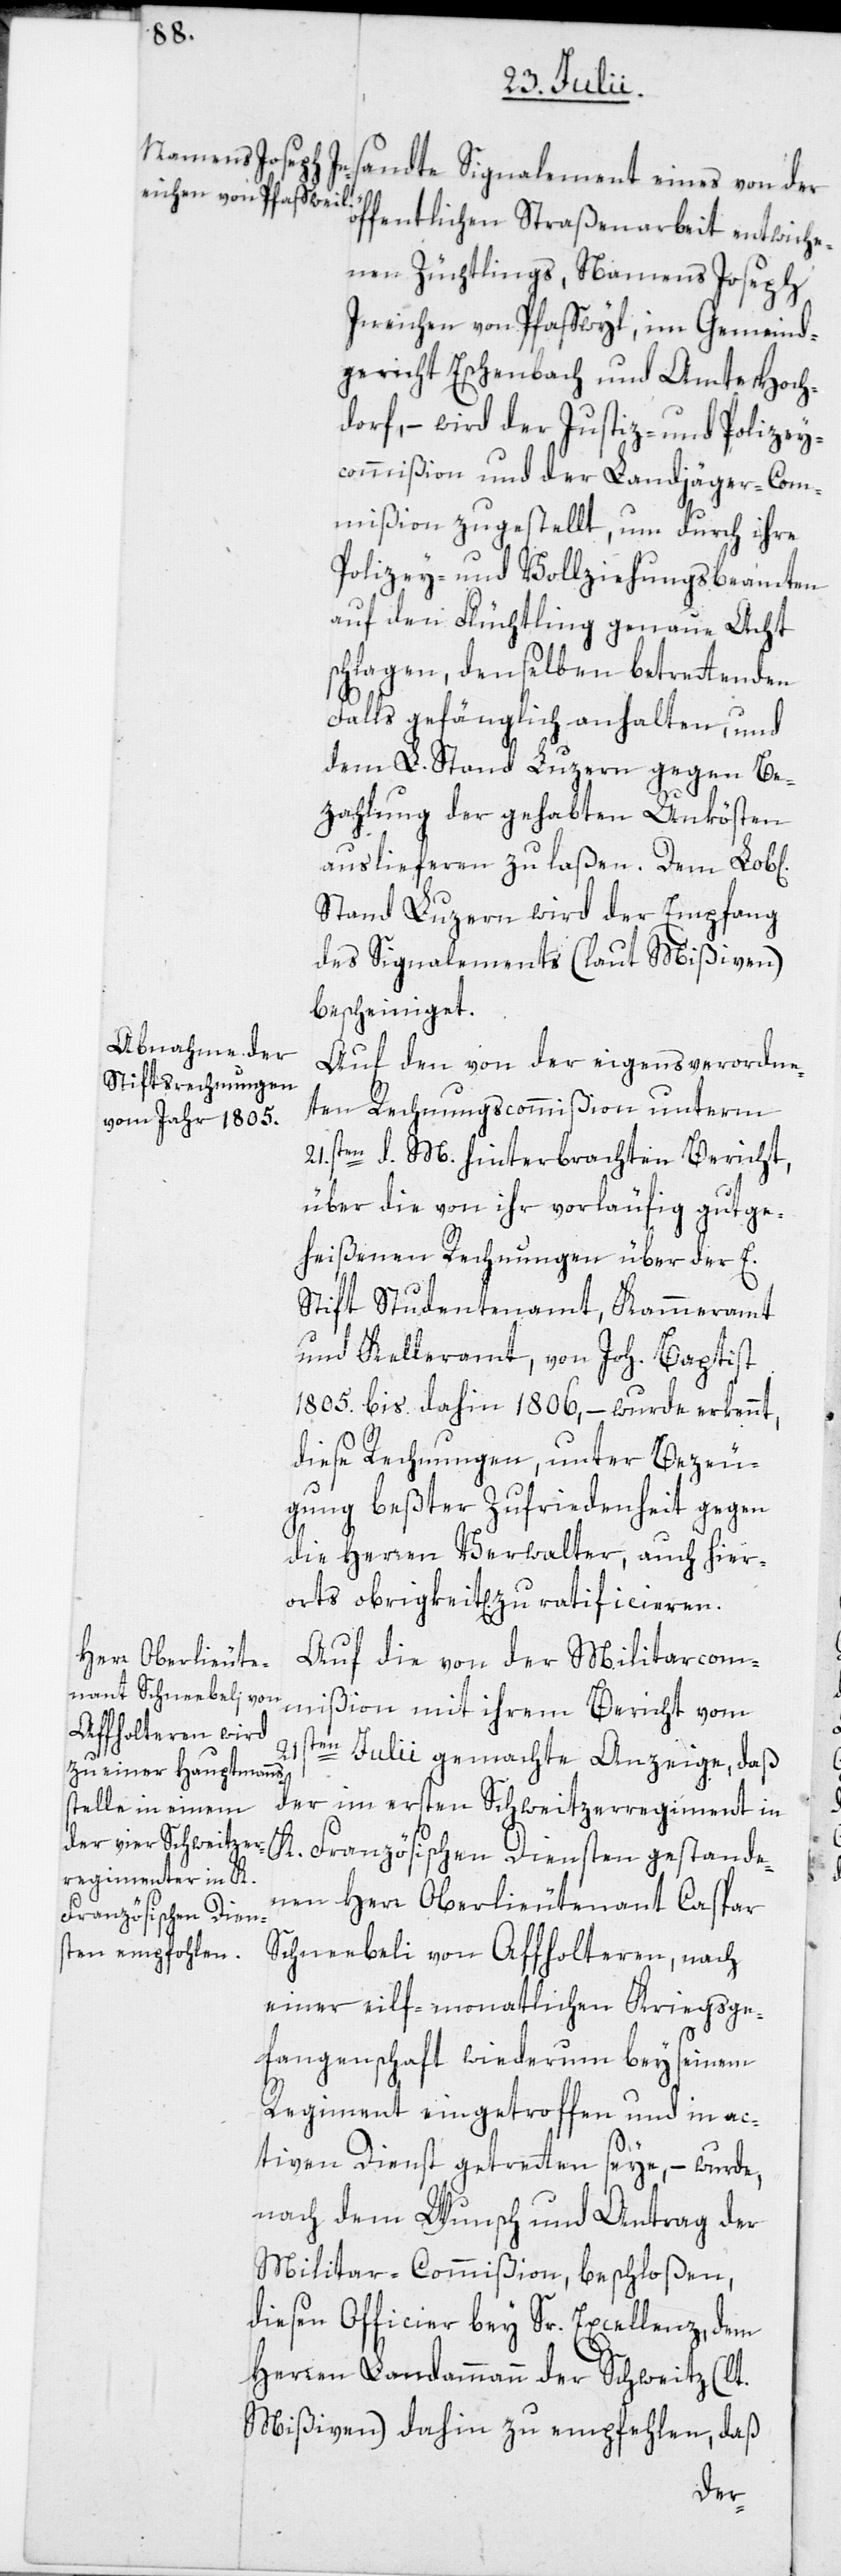
öffentlichen Straßenarbeit entwiche¬
nen Züchtlings, Namens Joseph
Ineichen von Pfaffwyl, im Gemeind¬
gericht Eschenbach und Amte Hoch¬
dorf, – wird der Justiz- und Polizey¬
commißion und der Landjäger-Com¬
mißion zugestellt, um durch ihre
Polizey- und Vollziehungsbeamten
auf den Flüchtling genaue Acht
schlagen, denselben betrettenden
Falls gefänglich anhalten, und
dem L. Stand Luzern gegen Be¬
zahlung der gehabten Unkösten
auslieferen zu laßen. Dem Lob[li¬
Stand Luzern wird der Empfang
des Signalements (laut Mißiven)
bescheiniget.
Auf den von der eigens verordne¬
ten Rechnungscommißion unterm
21sten. d. M. hinterbrachten Bericht,
über die von ihr vorläufig gutge¬
heißenen Rechnungen über der E.
Stift Studentenamt, Kammeramt
und Kelleramt, von Joh. Baptist
1805. bis dahin 1806, – wurde erkennt,
diese Rechnungen, unter Bezeu¬
gung beßter Zufriedenheit gegen
die Herren Verwalter, auch hier¬
orts obrigkeitlich zu ratificieren.
Auf die von der Militarcom¬
mißion mit ihrem Bericht vom
21sten Julii gemachte Anzeige, daß
der im ersten Schweitzerregiment in
K. Französischen Diensten gestande¬
nen Herr Oberlieutenant Caspar
Schneebeli von Affholteren, nach
einer eilf-monatlichen Kriegsge¬
fangenschaft wiederum bey seinem
Regiment eingetroffen und in ac¬
tiven Dienst getretten seye, – wurde,
nach dem Wunsch und Antrag der
Militar-Commißion, beschloßen,
diesen Officier bey Sr. Excellenz, dem
Herren Landammann der Schweitz (lt.
Mißiven) dahin zu empfehlen, daß
chen]